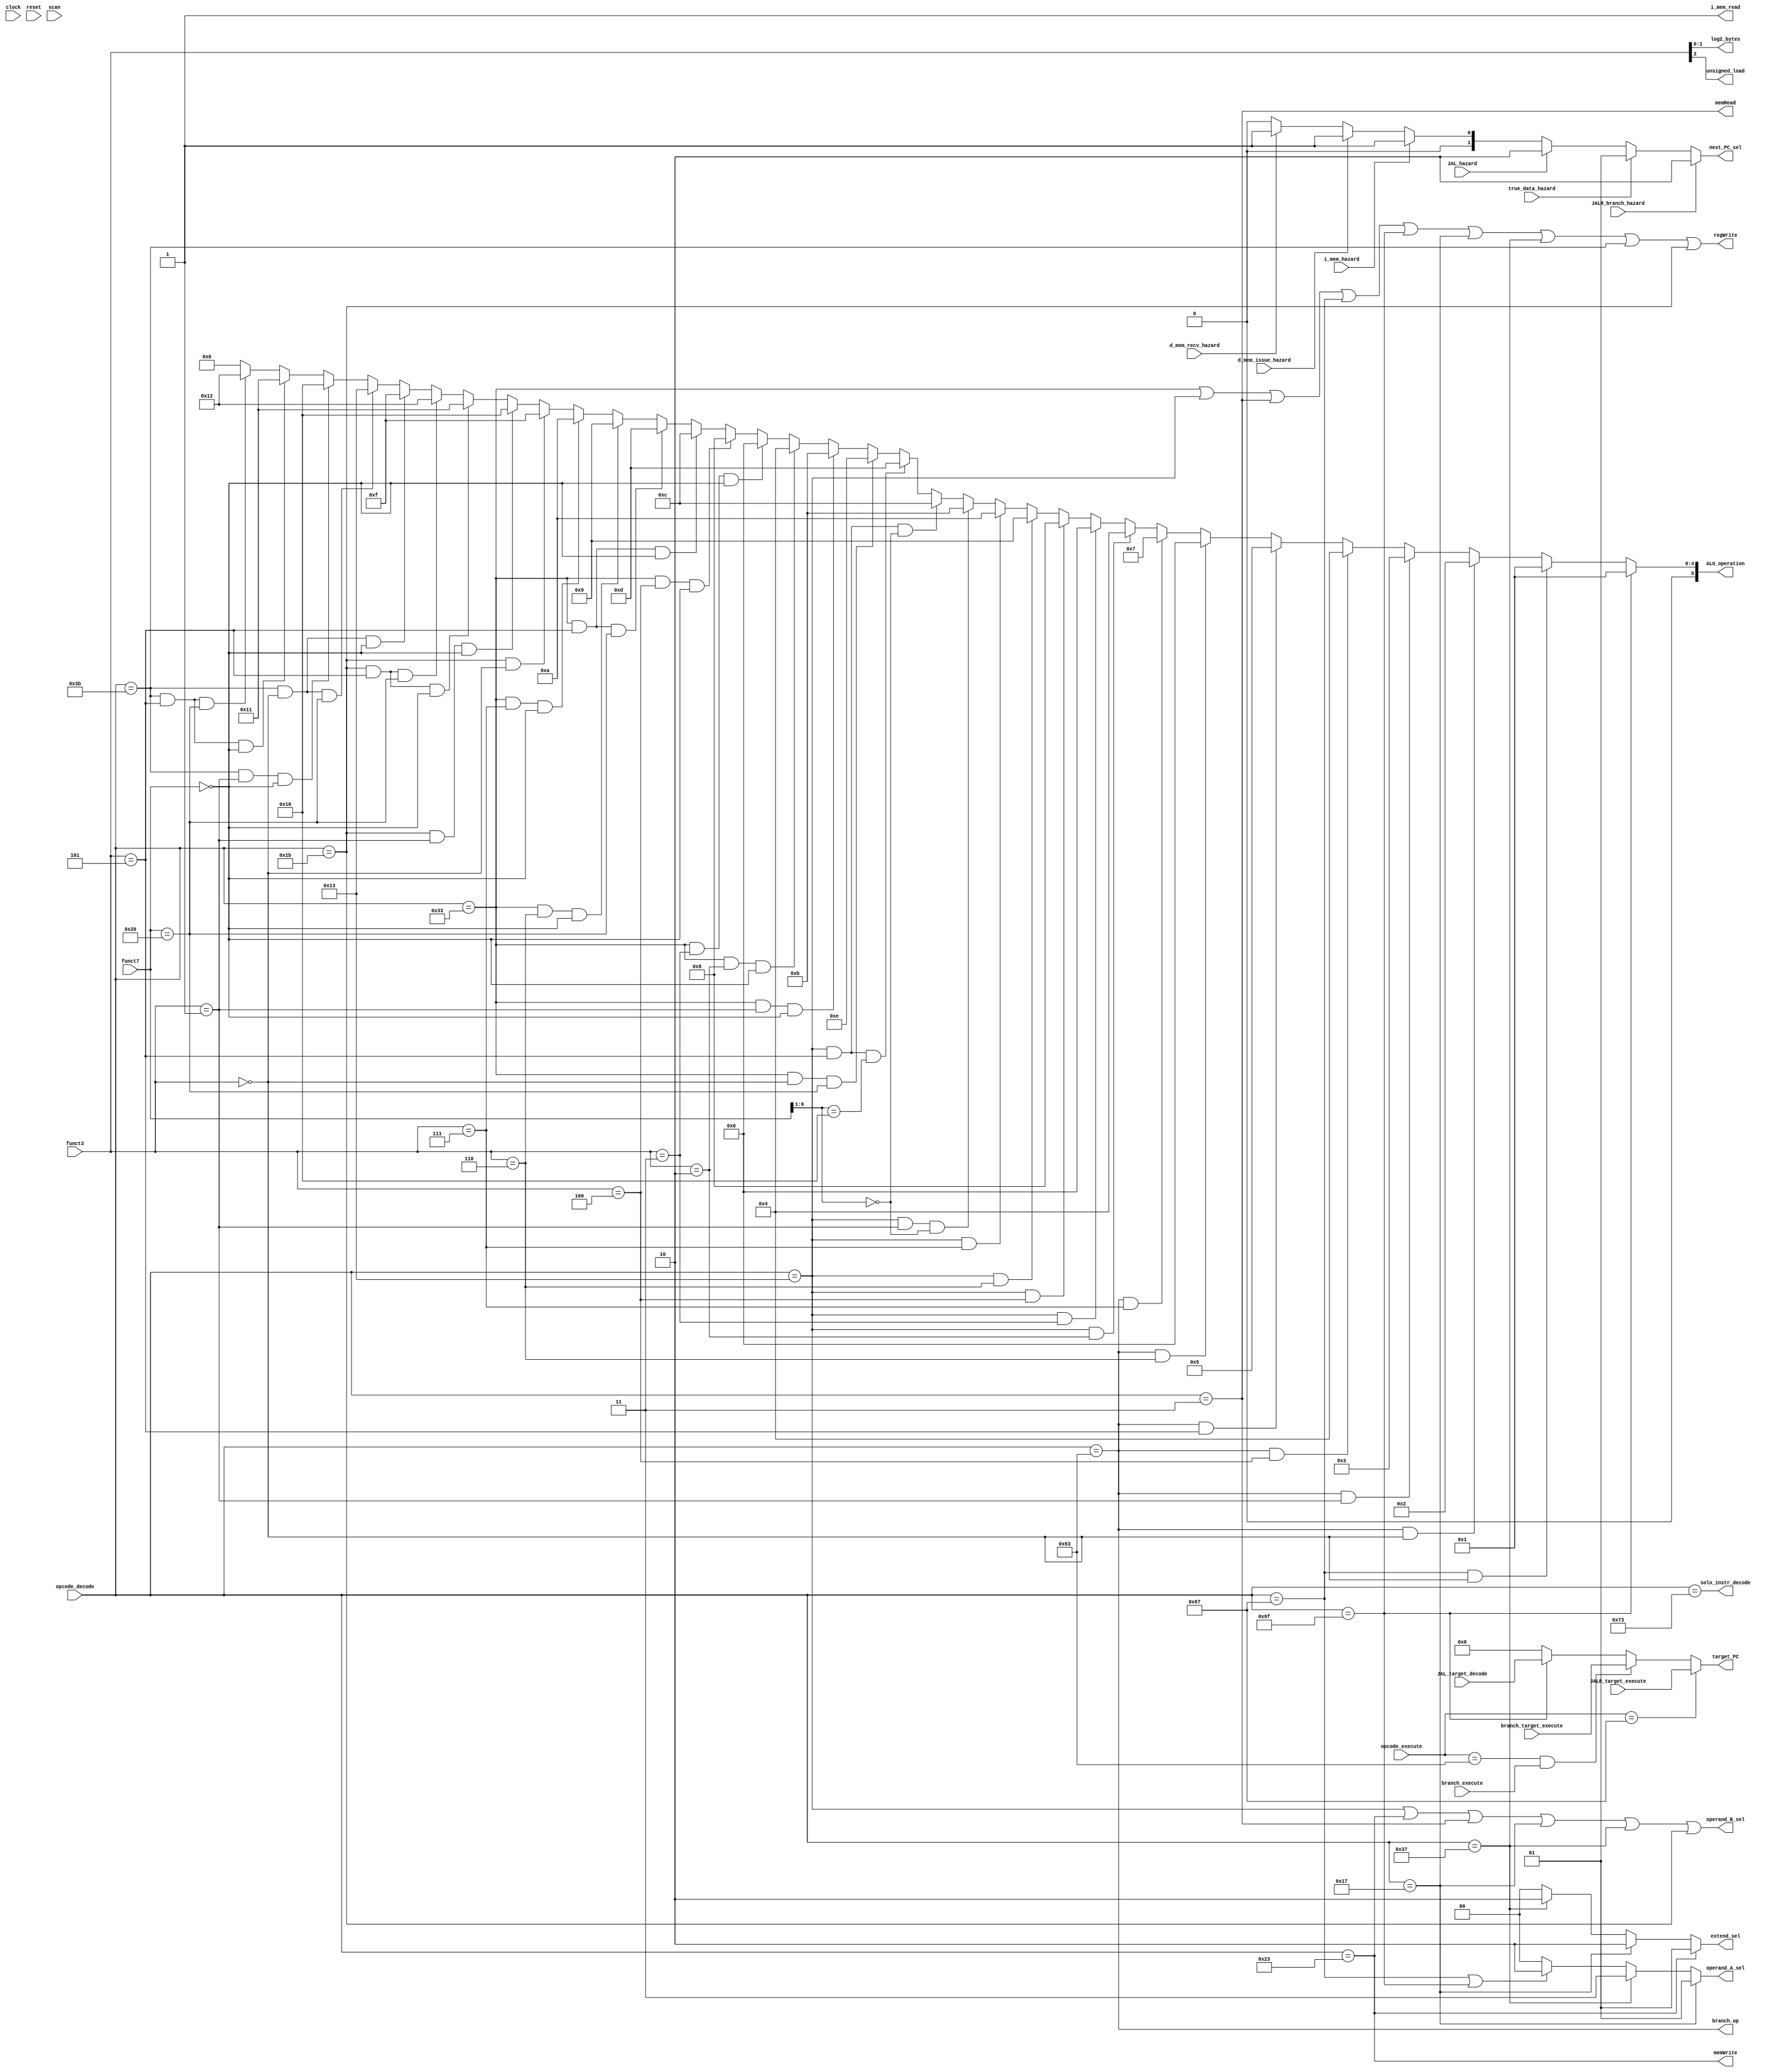
/** @module : control_unit64
 *  @author : Secure, Trusted, and Assured Microelectronics (STAM) Center

 *  Copyright (c) 2022 Trireme (STAM/SCAI/ASU)
 *  Permission is hereby granted, free of charge, to any person obtaining a copy
 *  of this software and associated documentation files (the "Software"), to deal
 *  in the Software without restriction, including without limitation the rights
 *  to use, copy, modify, merge, publish, distribute, sublicense, and/or sell
 *  copies of the Software, and to permit persons to whom the Software is
 *  furnished to do so, subject to the following conditions:
 *  The above copyright notice and this permission notice shall be included in
 *  all copies or substantial portions of the Software.

 *  THE SOFTWARE IS PROVIDED "AS IS", WITHOUT WARRANTY OF ANY KIND, EXPRESS OR
 *  IMPLIED, INCLUDING BUT NOT LIMITED TO THE WARRANTIES OF MERCHANTABILITY,
 *  FITNESS FOR A PARTICULAR PURPOSE AND NONINFRINGEMENT. IN NO EVENT SHALL THE
 *  AUTHORS OR COPYRIGHT HOLDERS BE LIABLE FOR ANY CLAIM, DAMAGES OR OTHER
 *  LIABILITY, WHETHER IN AN ACTION OF CONTRACT, TORT OR OTHERWISE, ARISING FROM,
 *  OUT OF OR IN CONNECTION WITH THE SOFTWARE OR THE USE OR OTHER DEALINGS IN
 *  THE SOFTWARE.
 */

module control_unit64 #(
  parameter CORE            = 0,
  parameter ADDRESS_BITS    = 32,
  parameter NUM_BYTES       = 32/8,
  parameter LOG2_NUM_BYTES  = log2(NUM_BYTES),
  parameter SCAN_CYCLES_MIN = 0,
  parameter SCAN_CYCLES_MAX = 1000
) (
  input clock,
  input reset,
  input [6:0] opcode_decode,
  input [6:0] opcode_execute,
  input [2:0] funct3, // decode
  input [6:0] funct7, // decode

  input [ADDRESS_BITS-1:0] JALR_target_execute,
  input [ADDRESS_BITS-1:0] branch_target_execute,
  input [ADDRESS_BITS-1:0] JAL_target_decode,
  input branch_execute,

  input true_data_hazard,
  //input d_mem_hazard,
  input d_mem_issue_hazard,
  input d_mem_recv_hazard,
  input i_mem_hazard,
  input JALR_branch_hazard,
  input JAL_hazard,

  output branch_op,
  output memRead,
  output [5:0] ALU_operation, // use 6-bits to leave room for extensions
  output memWrite,
  output [LOG2_NUM_BYTES-1:0] log2_bytes,
  output unsigned_load,
  output [1:0] next_PC_sel,
  output [1:0] operand_A_sel,
  output operand_B_sel,
  output [1:0] extend_sel,
  output regWrite,

  output solo_instr_decode,

  output [ADDRESS_BITS-1:0] target_PC,
  output i_mem_read,

  input  scan
);

//define the log2 function
function integer log2;
input integer value;
begin
  value = value-1;
  for (log2=0; value>0; log2=log2+1)
    value = value >> 1;
end
endfunction


localparam [6:0]R_TYPE  = 7'b0110011,
                I_TYPE  = 7'b0010011,
                STORE   = 7'b0100011,
                LOAD    = 7'b0000011,
                BRANCH  = 7'b1100011,
                JALR    = 7'b1100111,
                JAL     = 7'b1101111,
                AUIPC   = 7'b0010111,
                LUI     = 7'b0110111,
                FENCE   = 7'b0001111,
                SYSTEM  = 7'b1110011;

// RV64 Opcodes
localparam [6:0]IMM_32 = 7'b0011011,
                OP_32  = 7'b0111011;

assign regWrite      = (opcode_decode == R_TYPE) | (opcode_decode == I_TYPE) |
                       (opcode_decode == LOAD)   | (opcode_decode == JALR)   |
                       (opcode_decode == JAL)    | (opcode_decode == AUIPC)  |
                       (opcode_decode == LUI)    |
                       // RV64
                       (opcode_decode == OP_32)  | (opcode_decode == IMM_32);


assign memWrite      = (opcode_decode == STORE);
assign branch_op     = (opcode_decode == BRANCH);
assign memRead       = (opcode_decode == LOAD);


/*
// This logic is less effeicient but may be usefull when non-standard
// instructions are added.
assign log2_bytes = (opcode_decode == LOAD  & funct3 == 3'b000) ? 0 : // LB
                    (opcode_decode == LOAD  & funct3 == 3'b001) ? 1 : // LH
                    (opcode_decode == LOAD  & funct3 == 3'b010) ? 2 : // LW
                    (opcode_decode == LOAD  & funct3 == 3'b011) ? 3 : // LD
                    (opcode_decode == LOAD  & funct3 == 3'b100) ? 0 : // LBU
                    (opcode_decode == LOAD  & funct3 == 3'b101) ? 1 : // LHU
                    (opcode_decode == LOAD  & funct3 == 3'b110) ? 2 : // LWU
                    (opcode_decode == STORE & funct3 == 3'b000) ? 0 : // SB
                    (opcode_decode == STORE & funct3 == 3'b001) ? 1 : // SH
                    (opcode_decode == STORE & funct3 == 3'b010) ? 2 : // SW
                    (opcode_decode == STORE & funct3 == 3'b011) ? 3 : // SD
                    {LOG2_NUM_BYTES{1'b0}};
*/
// Most efficient logic for standard ISA extensions
assign log2_bytes = funct3[1:0];

/*
// This logic is less effeicient but may be usefull when non-standard
// instructions are added.
assign unsigned_load = (opcode_decode == LOAD & funct3 == 3'b100) | // LBU
                       (opcode_decode == LOAD & funct3 == 3'b101) | // LHU
                       (opcode_decode == LOAD & funct3 == 3'b110) | // LWU
*/
// Most efficient logic for standard ISA extensions
assign unsigned_load = funct3[2];


// Check for operations other than addition. Use addition as default case
assign ALU_operation =
  (opcode_decode == JAL) ? 6'd1  : // JAL: Pass through
  (opcode_decode == JALR & funct3 == 3'b000) ? 6'd1 : // JALR: Pass through
  (opcode_decode == BRANCH & funct3 == 3'b000) ? 6'd2 : // BEQ: equal
  (opcode_decode == BRANCH & funct3 == 3'b001) ? 6'd3 : // BNE: not equal
  (opcode_decode == BRANCH & funct3 == 3'b100) ? 6'd4 : // BLT: signed less than
  (opcode_decode == BRANCH & funct3 == 3'b101) ? 6'd5 : // BGE: signed greater than, equal
  (opcode_decode == BRANCH & funct3 == 3'b110) ? 6'd6 : // BLTU: unsigned less than
  (opcode_decode == BRANCH & funct3 == 3'b111) ? 6'd7 : // BGEU: unsigned greater than, equal
  (opcode_decode == I_TYPE & funct3 == 3'b010) ? 6'd4 : // SLTI: signed less than
  (opcode_decode == I_TYPE & funct3 == 3'b011) ? 6'd6 : // SLTIU: unsigned less than
  (opcode_decode == I_TYPE & funct3 == 3'b100) ? 6'd8 : // XORI: xor
  (opcode_decode == I_TYPE & funct3 == 3'b110) ? 6'd9 : // ORI: or
  (opcode_decode == I_TYPE & funct3 == 3'b111) ? 6'd10 : // ANDI: and
  (opcode_decode == I_TYPE & funct3 == 3'b001 & funct7[6:1] == 6'b000000) ? 6'd11 : // SLLI: logical left shift
  (opcode_decode == I_TYPE & funct3 == 3'b101 & funct7[6:1] == 7'b000000) ? 6'd12 : // SRLI: logical right shift
  (opcode_decode == I_TYPE & funct3 == 3'b101 & funct7[6:1] == 7'b010000) ? 6'd13 : // SRAI: arithemtic right shift
  (opcode_decode == R_TYPE & funct3 == 3'b000 & funct7 == 7'b0100000) ? 6'd14 : // SUB: subtract
  (opcode_decode == R_TYPE & funct3 == 3'b001 & funct7 == 7'b0000000) ? 6'd11 : // SLL: logical left shift
  (opcode_decode == R_TYPE & funct3 == 3'b010 & funct7 == 7'b0000000) ? 6'd4  : // SLT: signed less than
  (opcode_decode == R_TYPE & funct3 == 3'b011 & funct7 == 7'b0000000) ? 6'd6  : // SLTU: signed less than
  (opcode_decode == R_TYPE & funct3 == 3'b100 & funct7 == 7'b0000000) ? 6'd8  : // XOR: xor
  (opcode_decode == R_TYPE & funct3 == 3'b101 & funct7 == 7'b0000000) ? 6'd12 : // SRL: logical right shift
  (opcode_decode == R_TYPE & funct3 == 3'b101 & funct7 == 7'b0100000) ? 6'd13 : // SRA: arithmetic right shift
  (opcode_decode == R_TYPE & funct3 == 3'b110 & funct7 == 7'b0000000) ? 6'd9  : // OR: or
  (opcode_decode == R_TYPE & funct3 == 3'b111 & funct7 == 7'b0000000) ? 6'd10 : // AND: and
  (opcode_decode == IMM_32 & funct3 == 3'b000)                        ? 6'd15 : // ADDIW
  (opcode_decode == IMM_32 & funct3 == 3'b001 & funct7 == 7'b0000000) ? 6'd16 : // SLLIW
  (opcode_decode == IMM_32 & funct3 == 3'b101 & funct7 == 7'b0000000) ? 6'd17 : // SRLIW
  (opcode_decode == IMM_32 & funct3 == 3'b101 & funct7 == 7'b0100000) ? 6'd18 : // SRAIW
  (opcode_decode == OP_32  & funct3 == 3'b000 & funct7 == 7'b0000000) ? 6'd15 : // ADDW
  (opcode_decode == OP_32  & funct3 == 3'b000 & funct7 == 7'b0100000) ? 6'd19 : // SUBW
  (opcode_decode == OP_32  & funct3 == 3'b001 & funct7 == 7'b0000000) ? 6'd16 : // SLLW
  (opcode_decode == OP_32  & funct3 == 3'b101 & funct7 == 7'b0000000) ? 6'd17 : // SRLW
  (opcode_decode == OP_32  & funct3 == 3'b101 & funct7 == 7'b0100000) ? 6'd18 : // SRAW
  6'd0; // Use addition by default

assign operand_A_sel = (opcode_decode == AUIPC) ?  2'b01 :
                       (opcode_decode == LUI)   ?  2'b11 :
                       ((opcode_decode == JALR)  | (opcode_decode == JAL)) ? 2'b10 : 2'b00;

assign operand_B_sel = (opcode_decode == I_TYPE) | (opcode_decode == STORE) |
                       (opcode_decode == LOAD)   | (opcode_decode == AUIPC) |
                       (opcode_decode == LUI)    | (opcode_decode == IMM_32);

/*
assign extend_sel    = ((opcode_decode == I_TYPE) | (opcode_decode == LOAD) | (opcode_decode == IMM_32) ) ? 2'b00 :
                       (opcode_decode == STORE)                       ? 2'b01 :
                       ((opcode_decode == AUIPC)  | (opcode_decode == LUI))  ? 2'b10 : 2'b00;
*/
assign extend_sel    = (opcode_decode == STORE) ? 2'b01 :
                       (opcode_decode == AUIPC) ? 2'b10 :
                       (opcode_decode == LUI)   ? 2'b10 :
                       2'b00;


assign target_PC = (opcode_execute == JALR)                    ? JALR_target_execute   :
                   (opcode_execute == BRANCH) & branch_execute ? branch_target_execute :
                   (opcode_decode  == JAL)                     ? JAL_target_decode     :
                   {ADDRESS_BITS{1'b0}};

assign next_PC_sel = JALR_branch_hazard ? 2'b10 : // target_PC
                     true_data_hazard   ? 2'b01 : // stall
                     JAL_hazard         ? 2'b10 : // targeet_PC
                     i_mem_hazard       ? 2'b01 : // stall
                     d_mem_issue_hazard ? 2'b01 : // stall
                     d_mem_recv_hazard  ? 2'b01 : // stall
                     2'b00;                       // PC + 4

assign i_mem_read = 1'b1;

// Most system instructions will have side effects. Dont let other
// instructions into the pipeline while SYSTEM instructions are being
// executed.
assign solo_instr_decode = (opcode_decode == SYSTEM);

reg [31: 0] cycles;
always @ (posedge clock) begin
  cycles <= reset? 0 : cycles + 1;
  if (scan  & ((cycles >= SCAN_CYCLES_MIN) & (cycles <= SCAN_CYCLES_MAX)) )begin
    $display ("------ Core %d Control Unit - Current Cycle %d ------", CORE, cycles);
    $display ("| Opcode decode  [%b]", opcode_decode);
    $display ("| Opcode execute [%b]", opcode_execute);
    $display ("| Branch_op      [%b]", branch_op);
    $display ("| memRead        [%b]", memRead);
    $display ("| memWrite       [%b]", memWrite);
    $display ("| RegWrite       [%b]", regWrite);
    $display ("| log2_bytes     [%b]", log2_bytes);
    $display ("| unsigned_load  [%b]", unsigned_load);
    $display ("| ALU_operation  [%b]", ALU_operation);
    $display ("| Extend_sel     [%b]", extend_sel);
    $display ("| ALUSrc_A       [%b]", operand_A_sel);
    $display ("| ALUSrc_B       [%b]", operand_B_sel);
    $display ("| Next PC sel    [%b]", next_PC_sel);
    $display ("| Target PC      [%h]", target_PC);
    $display ("----------------------------------------------------------------------");
  end
end
endmodule